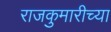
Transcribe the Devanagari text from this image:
राजकुमारीच्या